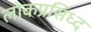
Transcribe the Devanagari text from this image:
लोकप्रसिध्द